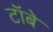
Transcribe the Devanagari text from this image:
टॉबे